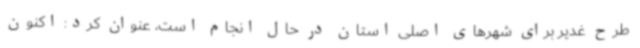
طرح غدیر برای شهرهای اصلی استان در حال انجام است، عنوان‌ کرد: اکنون